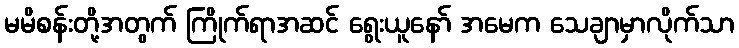
မမိစန်းတို့အတွက် ကြိုက်ရာအဆင် ရွေးယူနော် အမေက သေချာမှာလိုက်သာ